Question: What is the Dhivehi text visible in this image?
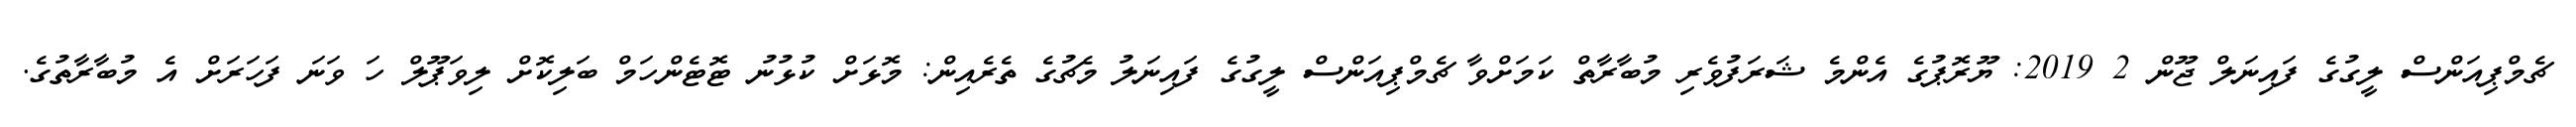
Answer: ޗެމްޕިއަންސް ލީގުގެ ފައިނަލް ޖޫން 2 2019: ޔޫރޮޕުގެ އެންމެ ޝަރަފުވެރި މުބާރާތް ކަމަށްވާ ޗެމްޕިއަންސް ލީގުގެ ފައިނަލު މެޗުގެ ތެރެއިން: މޮޅަށް ކުޅުނު ޓޮޓެންހަމް ބަލިކޮށް ލިވަޕޫލް ހަ ވަނަ ފަހަރަށް އެ މުބާރާތުގެ.